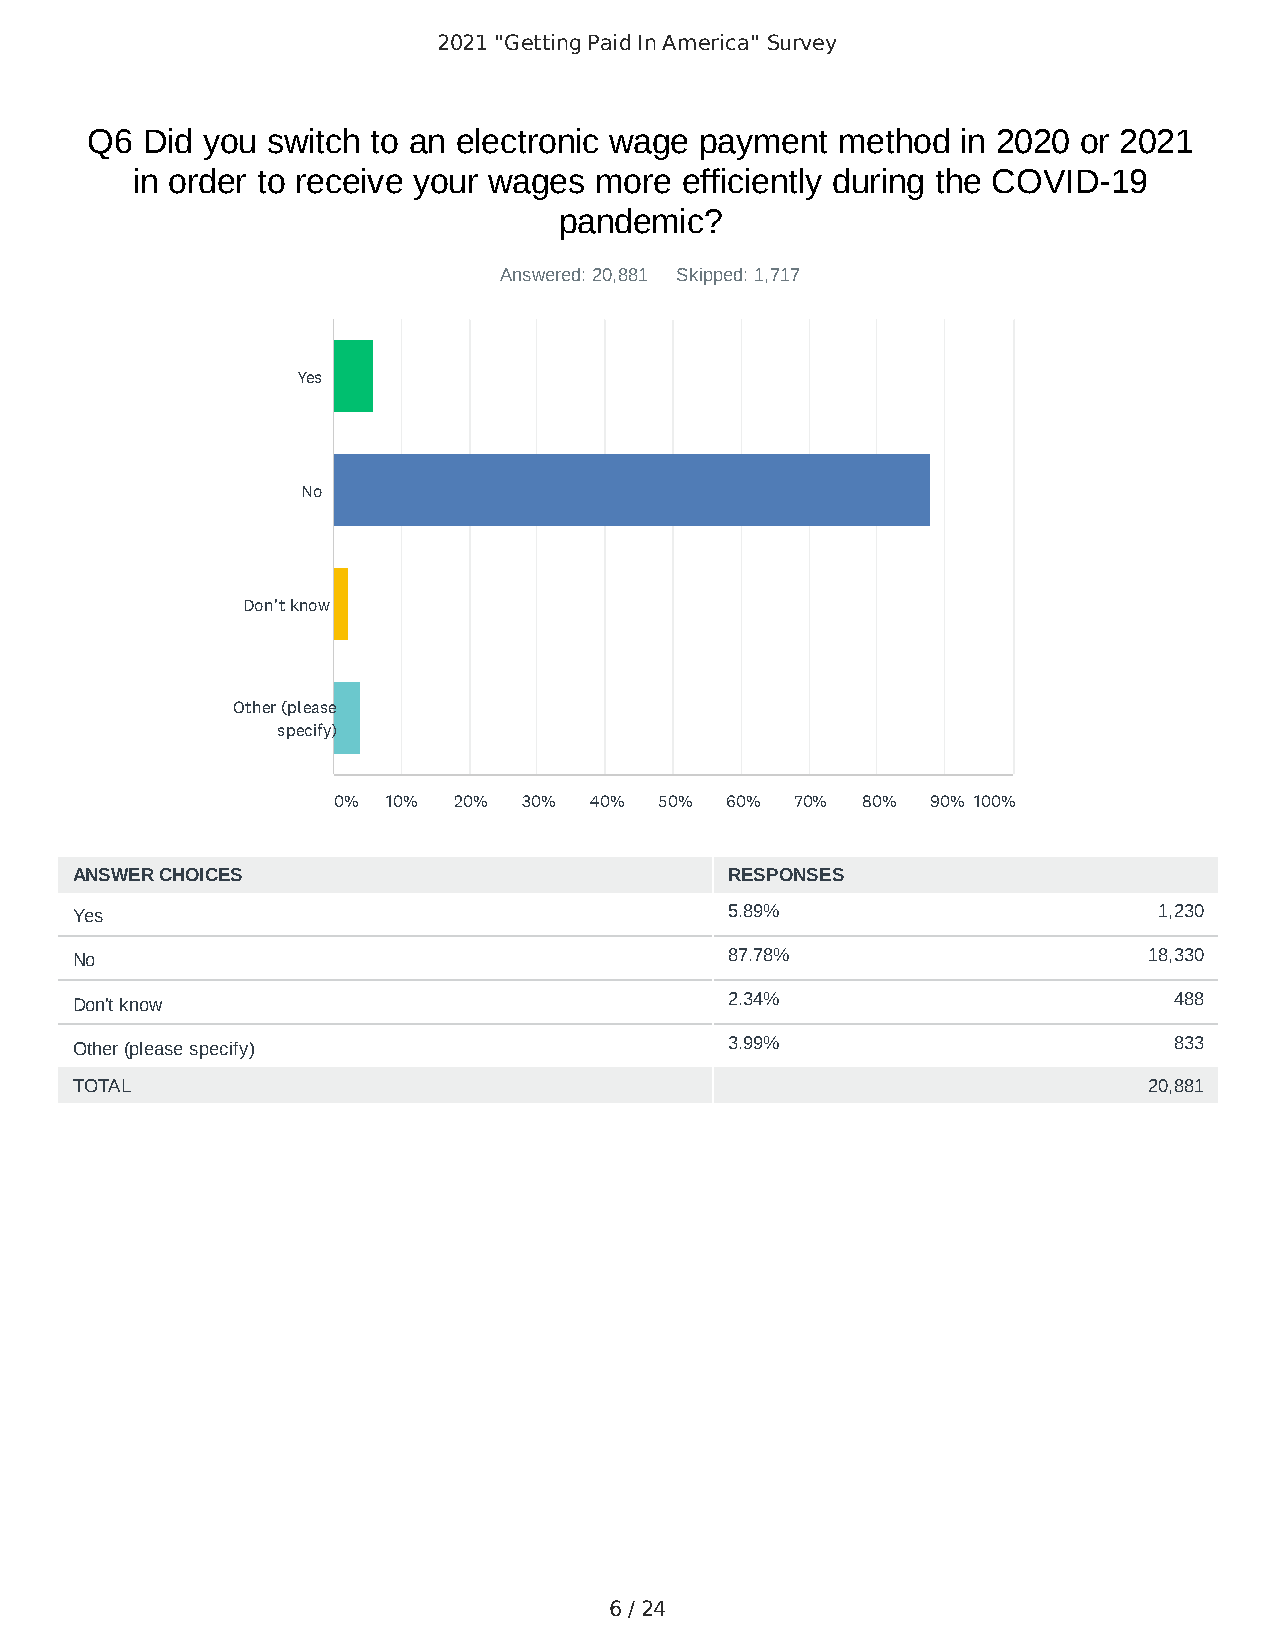
2021 "Getting Paid In America" Survey
 Q6 Did you  switch to an electronic wage payment method   in 2020 or 2021
 in order to receive your wages more efficiently during the COVID-19
 pandemic?
 Answered: 20,881 Skipped: 1,717
 Yes
 No
 Don't know
 Other (please
 specify)
 0%  10% 20%  30% 40%  50% 60%  70% 80%  90% 100%
 ANSWER CHOICES                             RESPONSES
 Yes                                        5.89%                        1,230
 No                                         87.78%                      18,330
 Don't know                                 2.34%                         488
 Other (please specify)                     3.99%                         833
 TOTAL                                                                  20,881
 6 / 24